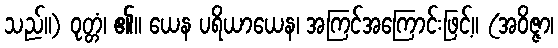
သည်။) ဝုတ္တံ၊ ၏။ ယေန ပရိယာယေန၊ အကြင်အကြောင်းဖြင့်။ (အဝိဇ္ဇာ၊